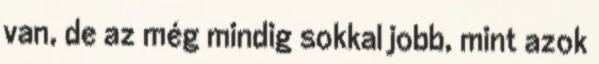
van, de az még mindig sokkal jobb, mint azok